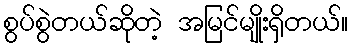
စွပ်စွဲတယ်ဆိုတဲ့ အမြင်မျိုးရှိတယ်။